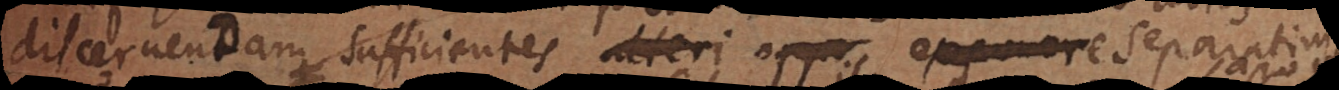
discernendam sufficientes alteri oppo exponere separati